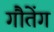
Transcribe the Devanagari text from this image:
गौतेंग